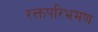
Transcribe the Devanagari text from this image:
रक्तपरिभ्रमण